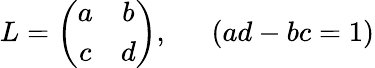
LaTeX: L=\left(\begin{array}{cc}{{a}}&{{b}}\\ {{c}}&{{d}}\end{array}\right),~~~~~~(ad-bc=1)